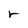
Character: r